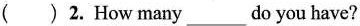
( )2. How many___do you have?